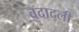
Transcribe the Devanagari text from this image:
वदाद्ली